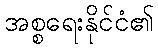
အစ္စရေးနိုင်ငံ၏